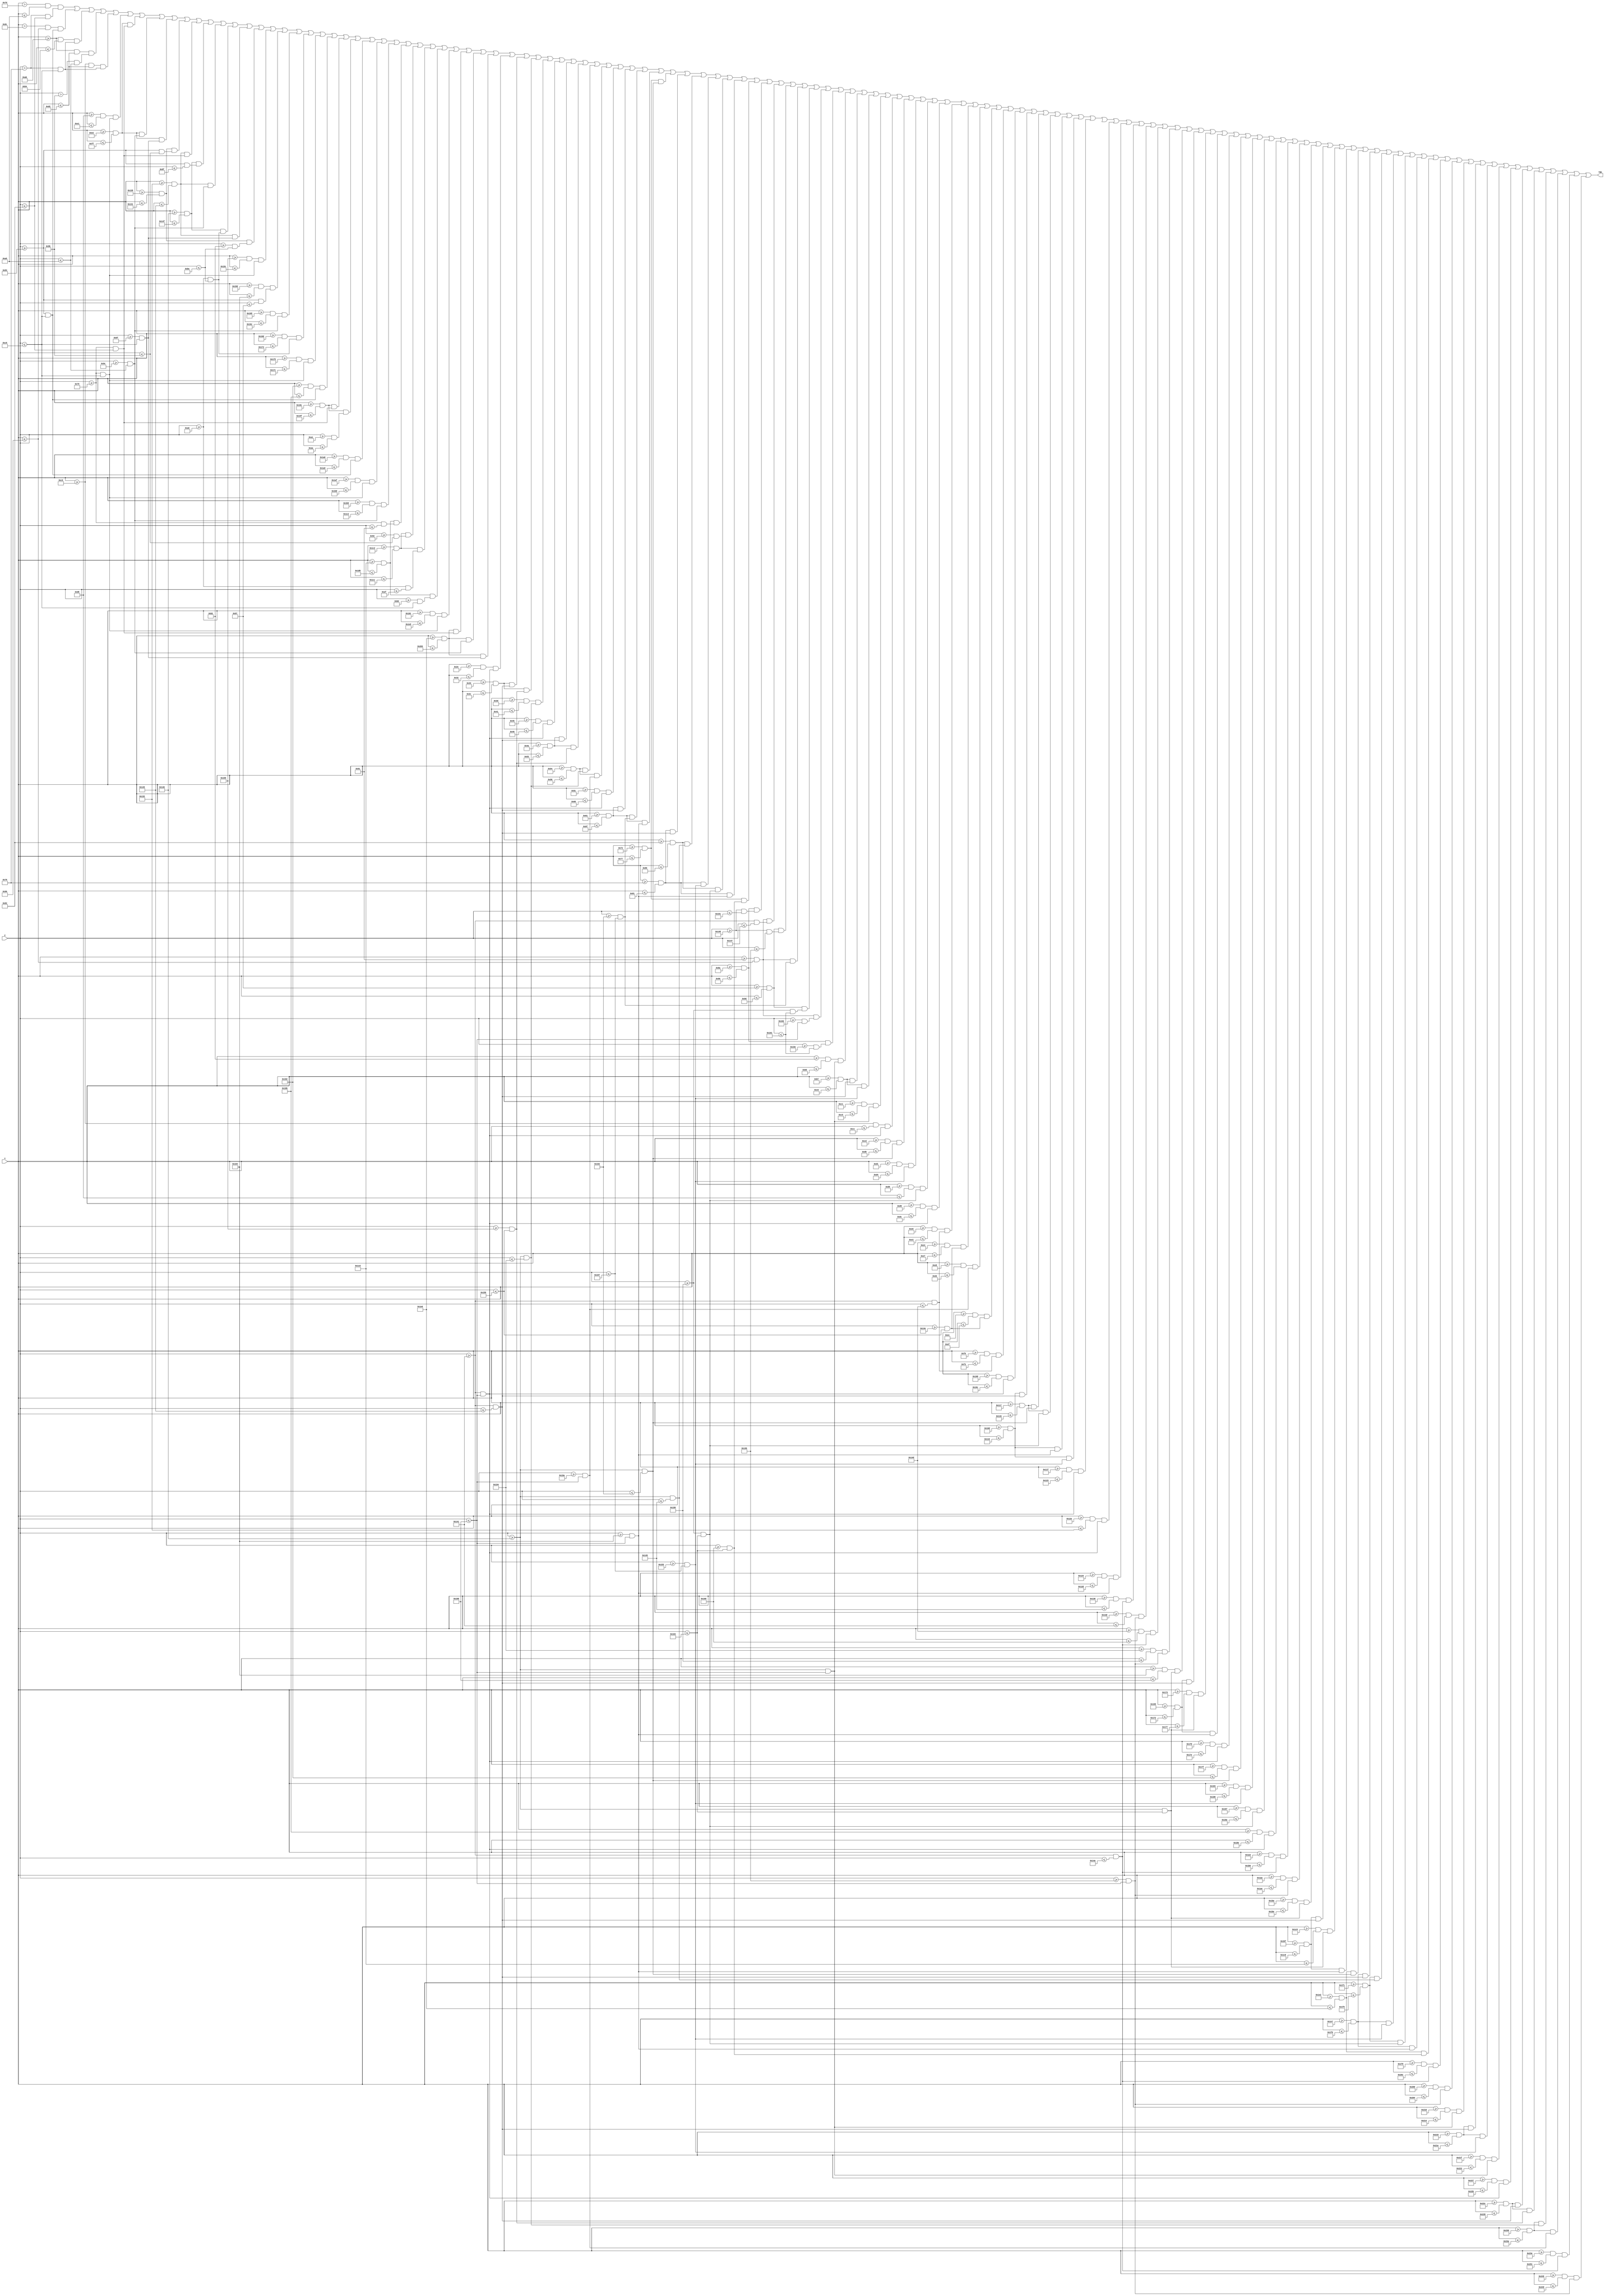
`timescale 1ns / 1ps
//////////////////////////////////////////////////////////////////////////////////
// Company: 
// Engineer: 
// 
// Design Name: 
// Module Name: state_startandgameover
// Project Name: 
// Target Devices: 
// Tool Versions: 
// Description: 
// 
// Dependencies: 
// 
// Revision:
// Revision 0.01 - File Created
// Additional Comments:
// 
//////////////////////////////////////////////////////////////////////////////////


module state_startandgameover(
        input [9:0] x,
        input [9:0] y,
        output reg tmp
    );
        reg T1;
        reg T2;
    
        reg H1;
        reg H2;
        reg H3;
    
        reg E1;
        reg E2;
        reg E3;
        reg E4;
    
        reg S1;
        reg S2;
        reg S3;
        reg S4;
        reg S5;
        reg S6;
        reg S7;
    
        reg N1;
        reg N2;
        reg N3;
        reg N4;
        reg N5;
        
        reg A1;
        reg A2;
        reg A3;
        reg A4;
    
        reg K1;
        reg K2;
        reg K3;
        reg K4;
        reg K5;
        reg K6;
   
        reg E5;
        reg E6;
        reg E7;
        reg E8;    
        
        reg p1;
        reg p2;
        reg p3;
        reg p4;
        
        reg r1;
        reg r2;
        reg r3;
        reg r4;
        reg r5;
        
        reg ee1;
        reg ee2;
        reg ee3;
        reg ee4;
        
        reg sz1;
        reg sz2;
        reg sz3;
        reg sz4;
        reg sz5;
        reg sz6;
        reg sz7;
        reg sz8;
        reg sz9;
        reg sz10;
        reg sz11;
        reg sz12;
        reg sz13;
        reg sz14;
        
        reg aa1;
        reg aa2;
        reg aa3;
        reg aa4;
        
        reg nn1;
        reg nn2;
        reg nn3;
        reg nn4;
        reg nn5;
        
        reg yy1;
        reg yy2;
        reg yy3;
        reg yy4;
        reg yy5;
        
        reg bb1;
        reg bb2;
        reg bb3;
        reg bb4;
        reg bb5;
        reg bb6;
        
        reg o1;
        reg o2;
        reg o3;
        reg o4;
        
        reg t1;
        reg t2;
        
        reg t3;
        reg t4;
        
        reg o5;
        reg o6;
        reg o7;
        reg o8;
        
        reg nn6;
        reg nn7;
        reg nn8;
        reg nn9;
        reg nn10;
        
        reg t5;
        reg t6;
        
        reg o9;
        reg o10;
        reg o11;
        reg o12;
        
        reg sz15;
        reg sz16;
        reg sz17;
        reg sz18;
        reg sz19;
        reg sz20;
        reg sz21;
        
        reg t7;
        reg t8;
        
        reg aa5;
        reg aa6;
        reg aa7;
        reg aa8;
        
        reg r6;
        reg r7;
        reg r8;
        reg r9;
        reg r10;
        
        reg t9;
        reg t10;
        
    always@(*)
    begin
        //T
        T1 = ((x>125) & (x<=165)) & ((y>120) & (y<=130));
        T2 = ((x>140) & (x<=150)) & ((y>=131) & (y<=200));
        //H
        H1 = ((x>=171) & (x<=180)) & ((y>120) & (y<=200));
        H2 = ((x>=171) & (x<=210)) & ((y>155) & (y<=165));
        H3 = ((x>=201) & (x<=210)) & ((y>120) & (y<=200));
        //E
        E1 = ((x>=216) & (x<=225)) & ((y>=121) & (y<=200));
        E2 = ((x>=226) & (x<=255)) & ((y>=121) & (y<=130));
        E3 = ((x>=226) & (x<=255)) & ((y>=156) & (y<=165));
        E4 = ((x>=226) & (x<=255)) & ((y>=191) & (y<=200));
        //S
        S1 = ((x>=296) & (x<=305)) & ((y>=131) & (y<=155));
        S2 = ((x>=306) & (x<=325)) & ((y>=121) & (y<=130));
        S3 = ((x>=326) & (x<=335)) & ((y>=131) & (y<=143));
        S4 = ((x>=306) & (x<=325)) & ((y>=156) & (y<=165));
        S5 = ((x>=326) & (x<=335)) & ((y>=166) & (y<=190));
        S6 = ((x>=306) & (x<=325)) & ((y>=191) & (y<=200));
        S7 = ((x>=296) & (x<=305)) & ((y>=178) & (y<=190));
        //N
        N1 = ((x>=341) & (x<=348)) & ((y>=121) & (y<=200));
        N2 = ((x>=349) & (x<=356)) & ((y>=131) & (y<=151));
        N3 = ((x>=357) & (x<=364)) & ((y>=156) & (y<=165));
        N4 = ((x>=365) & (x<=372)) & ((y>=166) & (y<=190));
        N5 = ((x>=373) & (x<=380)) & ((y>=121) & (y<=200));
        //A
        A1 = ((x>=386) & (x<=395)) & ((y>=131) & (y<=200));
        A2 = ((x>=396) & (x<=415)) & ((y>=121) & (y<=130));
        A3 = ((x>=396) & (x<=415)) & ((y>=161) & (y<=170));
        A4 = ((x>=416) & (x<=425)) & ((y>=131) & (y<=200));
        //K
        K1 = ((x>=431) & (x<=440)) & ((y>=121) & (y<=200));
        K2 = ((x>=441) & (x<=450)) & ((y>=156) & (y<=165));
        K3 = ((x>=461) & (x<=470)) & ((y>=121) & (y<=145));
        K4 = ((x>=451) & (x<=460)) & ((y>=146) & (y<=155));
        K5 = ((x>=451) & (x<=460)) & ((y>=166) & (y<=175));
        K6 = ((x>=461) & (x<=470)) & ((y>=176) & (y<=200));
        //E
        E5 = ((x>=476) & (x<=485)) & ((y>=121) & (y<=200));
        E6 = ((x>=486) & (x<=515)) & ((y>=121) & (y<=130));
        E7 = ((x>=486) & (x<=515)) & ((y>=156) & (y<=165));
        E8 = ((x>=486) & (x<=515)) & ((y>=191) & (y<=200));
        
        //P
        p1 = ((x>=46) & (x<=50)) & ((y>=321) & (y<=360));
        p2 = ((x>=51) & (x<=60)) & ((y>=321) & (y<=325));
        p3 = ((x>=51) & (x<=60)) & ((y>=341) & (y<=345));
        p4 = ((x>=61) & (x<=65)) & ((y>=326) & (y<=340));
        //R
        r1 = ((x>=69) & (x<=73)) & ((y>=321) & (y<=360));
        r2 = ((x>=74) & (x<=83)) & ((y>=321) & (y<=325));
        r3 = ((x>=74) & (x<=83)) & ((y>=341) & (y<=345));
        r4 = ((x>=84) & (x<=88)) & ((y>=326) & (y<=340));
        r5 = ((x>=84) & (x<=88)) & ((y>=346) & (y<=360));
        //E
        ee1 = ((x>=92) & (x<=96)) & ((y>=321) & (y<=360));
        ee2 = ((x>=97) & (x<=111)) & ((y>=321) & (y<=325));
        ee3 = ((x>=97) & (x<=111)) & ((y>=338) & (y<=343));
        ee4 = ((x>=97) & (x<=111)) & ((y>=356) & (y<=360));
        //S
        sz1 = ((x>=115) & (x<=119)) & ((y>=326) & (y<=338));
        sz2 = ((x>=120) & (x<=129)) & ((y>=321) & (y<=325));
        sz3 = ((x>=130) & (x<=134)) & ((y>=326) & (y<=329));
        sz4 = ((x>=120) & (x<=129)) & ((y>=339) & (y<=343));
        sz5 = ((x>=130) & (x<=134)) & ((y>=344) & (y<=355));
        sz6 = ((x>=120) & (x<=129)) & ((y>=356) & (y<=360));
        sz7 = ((x>=115) & (x<=119)) & ((y>=352) & (y<=355));
        //S
        sz8 = ((x>=138) & (x<=144)) & ((y>=328) & (y<=337));
        sz9 = ((x>=145) & (x<=150)) & ((y>=321) & (y<=327));
        sz10 = ((x>=151) & (x<=157)) & ((y>=328) & (y<=331));
        sz11 = ((x>=145) & (x<=150)) & ((y>=338) & (y<=343));
        sz12 = ((x>=151) & (x<=157)) & ((y>=344) & (y<=353));
        sz13 = ((x>=145) & (x<=150)) & ((y>=354) & (y<=360));
        sz14 = ((x>=138) & (x<=144)) & ((y>=350) & (y<=353));
        //A
        aa1 = ((x>=178) & (x<=182)) & ((y>=326) & (y<=360));
        aa2 = ((x>=183) & (x<=192)) & ((y>=321) & (y<=325));
        aa3 = ((x>=183) & (x<=192)) & ((y>=339) & (y<=343));
        aa4 = ((x>=193) & (x<=197)) & ((y>=326) & (y<=360));
        //N
        nn1 = ((x>=201) & (x<=204)) & ((y>=321) & (y<=360));
        nn2 = ((x>=205) & (x<=208)) & ((y>=326) & (y<=338));
        nn3 = ((x>=209) & (x<=212)) & ((y>=339) & (y<=343));
        nn4 = ((x>=213) & (x<=216)) & ((y>=344) & (y<=355));
        nn5 = ((x>=217) & (x<=220)) & ((y>=321) & (y<=360));
        //Y
        yy1 = ((x>=224) & (x<=227)) & ((y>=321) & (y<=333));
        yy2 = ((x>=228) & (x<=231)) & ((y>=334) & (y<=345));
        yy3 = ((x>=232) & (x<=235)) & ((y>=346) & (y<=360));
        yy4 = ((x>=236) & (x<=239)) & ((y>=334) & (y<=345));
        yy5 = ((x>=240) & (x<=243)) & ((y>=321) & (y<=333));
        //B
        bb1 = ((x>=264) & (x<=268)) & ((y>=321) & (y<=360));
        bb2 = ((x>=269) & (x<=278)) & ((y>=321) & (y<=325));
        bb3 = ((x>=279) & (x<=283)) & ((y>=326) & (y<=338));
        bb4 = ((x>=279) & (x<=283)) & ((y>=344) & (y<=355));
        bb5 = ((x>=269) & (x<=278)) & ((y>=356) & (y<=360));
        bb6 = ((x>=269) & (x<=278)) & ((y>=339) & (y<=343));
        //U
        o1 = ((x>=287) & (x<=291)) & ((y>=321) & (y<=360));
        //o2 = ((x>=292) & (x<=301)) & ((y>=321) & (y<=325));
        o3 = ((x>=302) & (x<=306)) & ((y>=321) & (y<=360));
        o4 = ((x>=292) & (x<=301)) & ((y>=356) & (y<=360));
        //T
        t1 = ((x>=310) & (x<=329)) & ((y>=321) & (y<=330));
        t2 = ((x>=317) & (x<=321)) & ((y>=331) & (y<=360));
        //T
        t3 = ((x>=333) & (x<=352)) & ((y>=321) & (y<=330));
        t4 = ((x>=340) & (x<=344)) & ((y>=331) & (y<=360));
        //O
        o5 = ((x>=356) & (x<=360)) & ((y>=326) & (y<=355));
        o6 = ((x>=361) & (x<=370)) & ((y>=321) & (y<=325));
        o7 = ((x>=371) & (x<=375)) & ((y>=326) & (y<=355));
        o8 = ((x>=361) & (x<=370)) & ((y>=356) & (y<=360));
        //N
        nn6 = ((x>=379) & (x<=382)) & ((y>=321) & (y<=360));
        nn7 = ((x>=383) & (x<=386)) & ((y>=326) & (y<=338));
        nn8 = ((x>=387) & (x<=390)) & ((y>=339) & (y<=343));
        nn9 = ((x>=391) & (x<=394)) & ((y>=344) & (y<=355));
        nn10 = ((x>=395) & (x<=398)) & ((y>=321) & (y<=360));
        //T
        t5 = ((x>=419) & (x<=438)) & ((y>=321) & (y<=330));
        t6 = ((x>=426) & (x<=430)) & ((y>=331) & (y<=360));
        //O
        o9 = ((x>=442) & (x<=446)) & ((y>=326) & (y<=355));
        o10 = ((x>=447) & (x<=456)) & ((y>=321) & (y<=325));
        o11 = ((x>=457) & (x<=461)) & ((y>=326) & (y<=355));
        o12 = ((x>=447) & (x<=456)) & ((y>=356) & (y<=360));
        //S
        sz15 = ((x>=482) & (x<=486)) & ((y>=326) & (y<=338));
        sz16 = ((x>=487) & (x<=496)) & ((y>=321) & (y<=325));
        sz17 = ((x>=497) & (x<=501)) & ((y>=326) & (y<=329));
        sz18 = ((x>=487) & (x<=496)) & ((y>=339) & (y<=343));
        sz19 = ((x>=497) & (x<=501)) & ((y>=344) & (y<=355));
        sz20 = ((x>=487) & (x<=496)) & ((y>=356) & (y<=360));
        sz21 = ((x>=482) & (x<=486)) & ((y>=352) & (y<=355));
        //T
        t7 = ((x>=505) & (x<=524)) & ((y>=321) & (y<=330));
        t8 = ((x>=512) & (x<=516)) & ((y>=331) & (y<=360));
        //A
        aa5 = ((x>=528) & (x<=532)) & ((y>=326) & (y<=360));
        aa6 = ((x>=533) & (x<=542)) & ((y>=321) & (y<=325));
        aa7 = ((x>=533) & (x<=542)) & ((y>=339) & (y<=343));
        aa8 = ((x>=543) & (x<=547)) & ((y>=326) & (y<=360));
        //R
        r6 = ((x>=551) & (x<=555)) & ((y>=321) & (y<=360));
        r7 = ((x>=556) & (x<=565)) & ((y>=321) & (y<=325));
        r8 = ((x>=556) & (x<=565)) & ((y>=341) & (y<=345));
        r9 = ((x>=566) & (x<=570)) & ((y>=326) & (y<=340));
        r10 = ((x>=566) & (x<=570)) & ((y>=346) & (y<=360));
        //T
        t9 = ((x>=574) & (x<=593)) & ((y>=321) & (y<=330));
        t10 = ((x>=581) & (x<=585)) & ((y>=331) & (y<=360));
        
        
        
        tmp = T1 | T2 | H1 | H2 | H3 | E1 | E2 | E3 | E4 | S1 | S2 | S3 | S4 | S5 | S6 | S7 | N1 | N2 | N3 | N4 | N5 | A1 | A2 | A3 | A4 | K1 | K2 | K3 | K4 | K5 | K6 | E5 | E6 | E7 | E8 | p1 | p2 | p3 | p4 | r1 | r2 | r3 | r4 | r5 | ee1 | ee2 | ee3 | ee4 | sz1 | sz2 | sz3 | sz4 | sz5 | sz6 | sz7 | sz8 | sz9 | sz10 | sz11 | sz12 | sz13 | sz14 | aa1 | aa2 | aa3 | aa4 | nn1 | nn2 | nn3 | nn4 | nn5 | yy1 | yy2 | yy3 | yy4 | yy5 | bb1 | bb2 | bb3 | bb4 | bb5 | bb6 | o1 | o2 | o3 | o4 | t1 | t2 | t3 | t4 | o5 | o6 | o7 | o8 | nn6 | nn7 | nn8 | nn9 | nn10 | t5 | t6 | o9 | o10 | o11 | o12 | sz15 | sz16 | sz17 | sz18 | sz19 | sz20 | sz21 | t7 | t8 | aa5 | aa6 | aa7 | aa8 | r6 | r7 | r8 | r9 | r10 | t9 | t10;
    end
    
endmodule